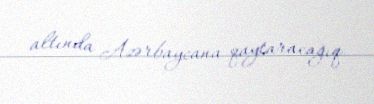
altında Azərbaycana qaytaracağıq.